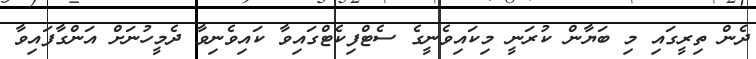
ދެން ތިރީގައި މި ބަޔާން ކުރަނީ މިކައިވެނީގެ ސެޓްފިކެޓްގައިވާ ކައިވެނިވާ ދެމީހުނަށް އަންގާފައިވާ